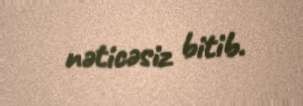
nəticəsiz bitib.